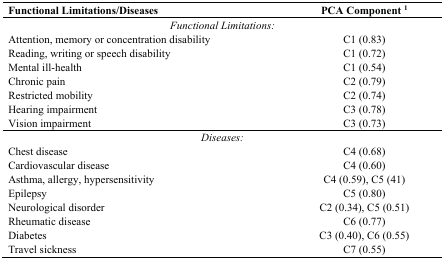
<table><thead><tr><td><b>Functional Limitations/Diseases</b></td><td><b>PCA Component <sup>1</sup></b></td></tr></thead><tbody><tr><td colspan="2"><i>Functional Limitations:</i></td></tr><tr><td>Attention, memory or concentration disability</td><td>C1 (0.83)</td></tr><tr><td>Reading, writing or speech disability</td><td>C1 (0.72)</td></tr><tr><td>Mental ill-health</td><td>C1 (0.54)</td></tr><tr><td>Chronic pain</td><td>C2 (0.79)</td></tr><tr><td>Restricted mobility</td><td>C2 (0.74)</td></tr><tr><td>Hearing impairment</td><td>C3 (0.78)</td></tr><tr><td>Vision impairment</td><td>C3 (0.73)</td></tr><tr><td colspan="2"><i>Diseases:</i></td></tr><tr><td>Chest disease</td><td>C4 (0.68)</td></tr><tr><td>Cardiovascular disease</td><td>C4 (0.60)</td></tr><tr><td>Asthma, allergy, hypersensitivity</td><td>C4 (0.59), C5 (41)</td></tr><tr><td>Epilepsy</td><td>C5 (0.80)</td></tr><tr><td>Neurological disorder</td><td>C2 (0.34), C5 (0.51)</td></tr><tr><td>Rheumatic disease</td><td>C6 (0.77)</td></tr><tr><td>Diabetes</td><td>C3 (0.40), C6 (0.55)</td></tr><tr><td>Travel sickness</td><td>C7 (0.55)</td></tr></tbody></table>